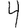
Digit: 4